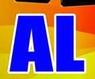
al